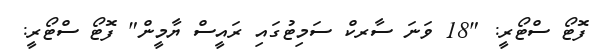
ފޮޓޯ ސްޓޯރީ: "18 ވަނަ ސާރކް ސަމިޓުގައި ރައީސް ޔާމީން" ފޮޓޯ ސްޓޯރީ: